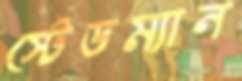
স্টেডম্যান